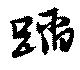
蹈